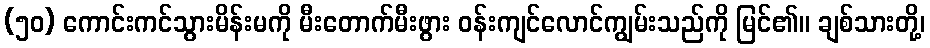
(၅၀) ကောင်းကင်သွားမိန်းမကို မီးတောက်မီးဖွား ဝန်းကျင်လောင်ကျွမ်းသည်ကို မြင်၏။ ချစ်သားတို့၊